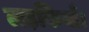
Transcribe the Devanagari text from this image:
लड़कियाँ।